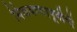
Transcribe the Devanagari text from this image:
मिळवण्यापूर्वीची